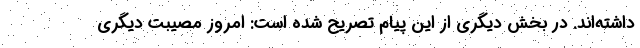
داشته‌اند. در بخش دیگری از این پیام تصریح شده است: امروز مصیبت دیگری